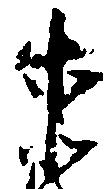
等